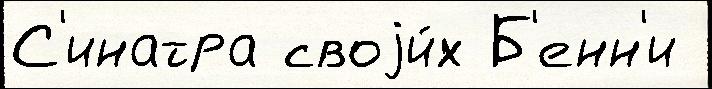
С'инатра своjи́х Б'енн'и